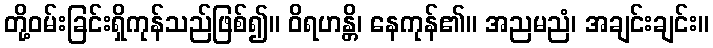
တို့ဝမ်းခြင်းရှိကုန်သည်ဖြစ်၍။ ဝိရဟန္တိ၊ နေကုန်၏။ အညမညံ၊ အချင်းချင်း။